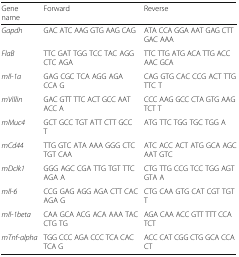
| Gene name | Forward | Reverse |
 | --- | --- | --- |
 | Gapdh | GAC ATC AAG GTG AAG CAG | ATA CCA GGA AAT GAG CTT GAC AAA |
 | FlaB | TTC GAT TGG TCC TAC AGG CTC AGA | TTC TTG ATG ACA TTG ACC AAC GCA |
 | mIl-1a | GAG CGC TCA AGG AGA CCA G | CAG GTG CAC CCG ACT TTG TTC T |
 | mVillin | GAC GTT TTC ACT GCC AAT ACC A | CCC AAG GCC CTA GTG AAG TCT T |
 | mMuc4 | GCT GCC TGT ATT CTT GCC T | ATG TTC TGG TGC TGG A |
 | mCd44 | TTG GTC ATA AAA GGG CTC TGT CAA | ATC ACC ACT ATG GCA AGC AAT GTC |
 | mDclk1 | GGG AGC CGA TTG TGT TTC AGA A | CTG TTG CCG TCC TGG AGT GTA A |
 | mIl-6 | CCG GAG AGG AGA CTT CAC AGA G | CTG CAA GTG CAT CGT TGT T |
 | mIl-1beta | CAA GCA ACG ACA AAA TAC CTG TG | AGA CAA ACC GTT TTT CCA TCT |
 | mTnf-alpha | TGG CCC AGA CCC TCA CAC TCA G | ACC CAT CGG CTG GCA CCA CT |